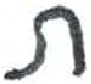
אות: ת